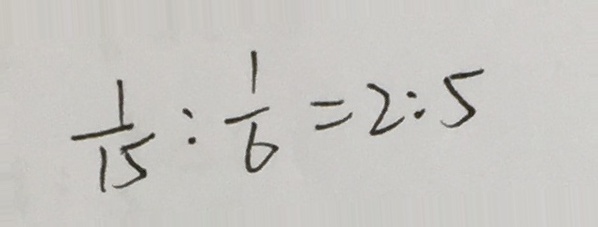
\frac { 1 } { 1 5 } : \frac { 1 } { 6 } = 2 : 5